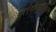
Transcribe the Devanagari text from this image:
स्वर्गकामाधिकरण